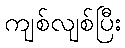
ကျစ်လျစ်ပြီး